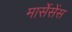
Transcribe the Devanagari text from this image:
मार्सेसेंस